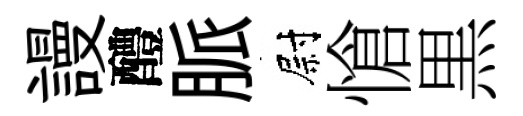
謾醴脈尉愴黒